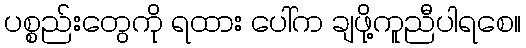
ပစ္စည်းတွေကို ရထား ပေါ်က ချဖို့ကူညီပါရစေ။